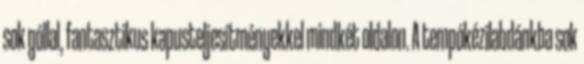
sok góllal, fantasztikus kapusteljesítményekkel mindkét oldalon. A tempókézilabdánkba sok